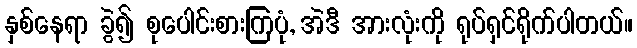
နှစ်နေရာ ခွဲ၍ စုပေါင်းစားကြပုံ, အဲဒီ အားလုံးကို ရုပ်ရှင်ရိုက်ပါတယ်။